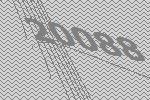
20088